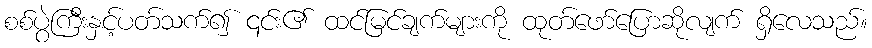
စစ်ပွဲကြီးနှင့်ပတ်သက်၍ ၎င်း၏ ထင်မြင်ချက်များကို ထုတ်ဖော်ပြောဆိုလျက် ရှိလေသည်။